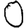
Digit: 0